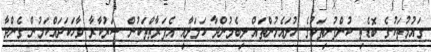
ގައުމުތަކުގެ ބޮޑެތި ކުންފުނިތަކުގެ ހުށައެޅުންތައް ލިބެމުންދާ ކަމަށާއި އެފަރާތްތަކުން ސަރުކާރާ ވާހަކަދައްކަމުން ގެންދާ